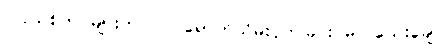
ပြင်သစ်တပ်များက ဝင် ရောက်သိမ်းပိုက်ခြင်း မပြုသေးချေ။